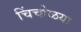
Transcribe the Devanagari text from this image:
चिंचोळया